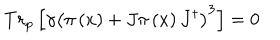
LaTeX: T r _ { p } \left[ \gamma \left( \pi \left( x \right) + J \pi \left( x \right) J ^ { \dagger } \right) ^ { 3 } \right] = 0